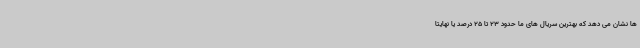
ها نشان می دهد که بهترین سریال های ما حدود 23 تا 25 درصد یا نهایتا